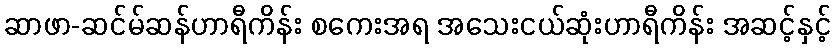
ဆာဖာ-ဆင်မ်ဆန်ဟာရီကိန်း စကေးအရ အသေးငယ်ဆုံးဟာရီကိန်း အဆင့်နှင့်